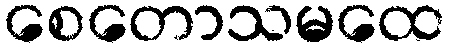
စေတောသမထေ